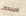
لايريدون